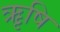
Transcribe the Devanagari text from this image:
ऋृषि